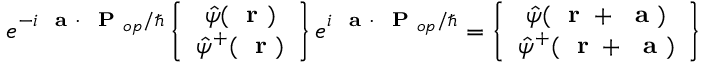
e ^ { - i \mathrm { ~ \bf ~ a ~ } \cdot \mathrm { ~ \bf ~ P ~ } _ { o p } / \hbar } \left\{ \begin{array} { c } { \hat { \psi } ( \mathrm { ~ \bf ~ r ~ } ) } \\ { \hat { \psi } ^ { + } ( \mathrm { ~ \bf ~ r ~ } ) } \end{array} \right\} e ^ { i \mathrm { ~ \bf ~ a ~ } \cdot \mathrm { ~ \bf ~ P ~ } _ { o p } / \hbar } = \left\{ \begin{array} { c } { \hat { \psi } ( \mathrm { ~ \bf ~ r ~ } + \mathrm { ~ \bf ~ a ~ } ) } \\ { \hat { \psi } ^ { + } ( \mathrm { ~ \bf ~ r ~ } + \mathrm { ~ \bf ~ a ~ } ) } \end{array} \right\}